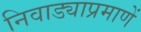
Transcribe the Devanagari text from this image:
निवाड्याप्रमाणें